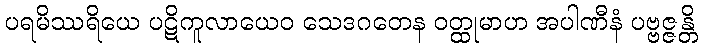
ပရမိဿရိယေ ပဋိကူလာယေဝ သေဒဂတေန ဝတ္ထုမာဟ အပါဏီနံ ပဗ္ဗဇ္ဇန္တိ